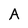
Character: A